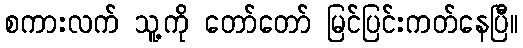
စကားလက် သူ့ကို တော်တော် မြင်ပြင်းကတ်နေပြီ။